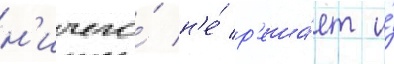
н'ичего́ н'е́ р'еша́ет и́